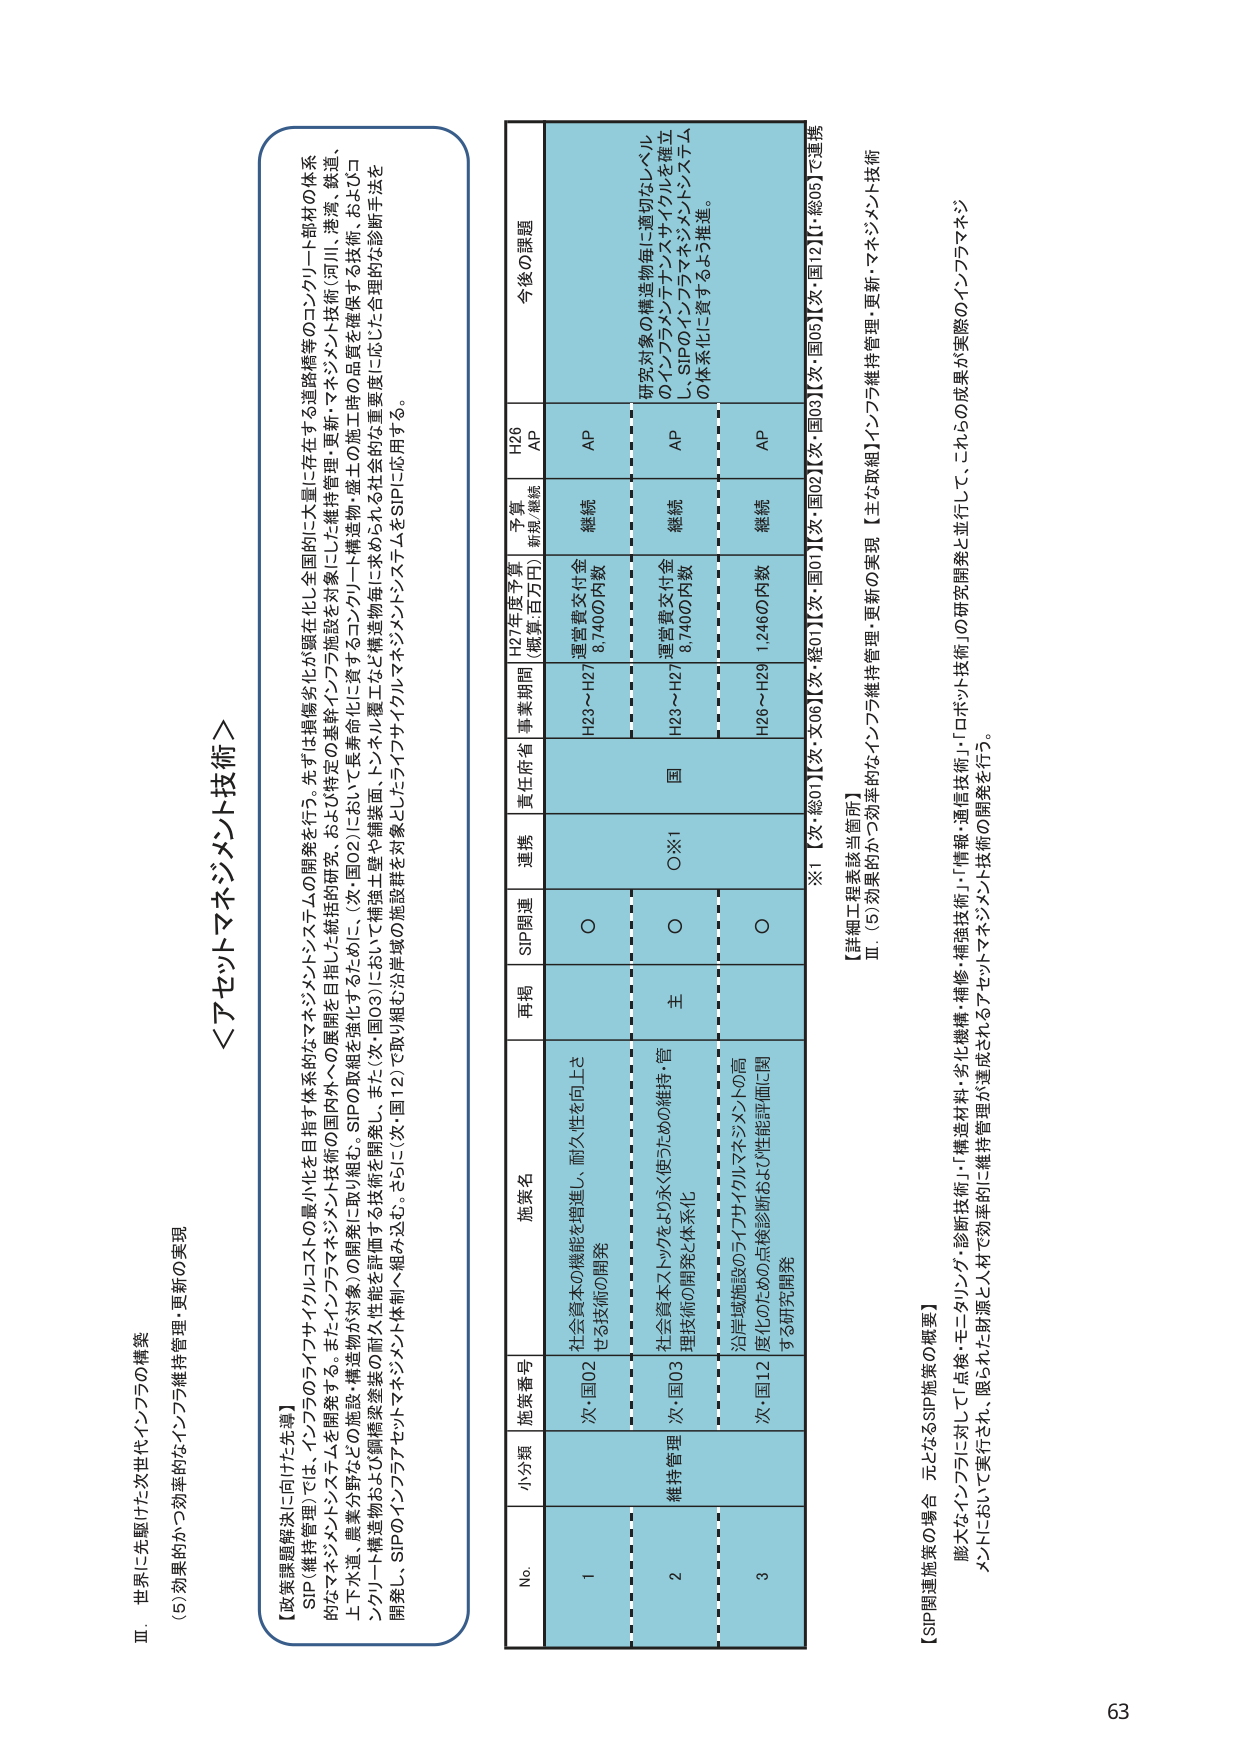
Ⅲ．世界に先駆けた次世代インフラの構築
(5)効果的かつ効率的なインフラ維持管理・更新の実現

＜アセットマネジメント技術＞

【政策課題解決に向けた先導】
SIP（維持管理）では、インフラのライフサイクルコストの最小化を目指す体系的アセットマネジメントシステムの開発を行う。先ずは戦略劣化が顕在化し全国的に大量に存在する道路橋等のコンクリート部材の体系的なアセットマネジメントシステムを開発する。また、インフラマネジメント技術の国内外への展開を目指した統括的研究、および特定の基幹インフラ施設を対象にした維持管理・更新・マネジメント技術（河川・港湾、鉄道、上下水道、農業分野などの施設・構造物が対象）の開発に取り組む。SIPの取組は強化するために、（次・国02）において長寿命化に資する構造物・盛土の施工時品質を確保する技術、およびコンクリート構造物および鋼橋梁塗装の耐久性能を評価する技術を開発し、また（次・国03）において構造物等を対象とする構造物部材に求められる社会的必要度に応じた合理的な診断手法を開発し、SIPのインフラアセットマネジメント体制へ組み込む。さらに（次・国12）で取り組む沿岸域の施設群を対象としたライフサイクルアセットマネジメントシステムをSIPに応用する。

No. 小分類 施策番号 施策名 再掲 SIP関連 連携 責任府省 事業期間 H27年度予算 （概算・百万円） 予算 新規/継続 H26 AP 今後の課題
1 次・国02 社会資本の機能を増進し、耐久性を向上させる技術の開発 ○ 国 H23～H27 運営費交付金 8,7400円数 継続 AP
2 次・国03 社会資本ネットワークをより永く使うための維持・管理技術の開発と体系化 主 ○ ○※1 H23～H27 運営費交付金 8,7400円数 継続 AP 研究対象の構造物毎に適切なレベルのインフラマネジメントサイクルを確立し、SIPのインフラアセットマネジメントシステムの体系化に資するよう推進。
3 次・国12 沿岸域施設のライフサイクルマネジメントの高度化のための点検診断および性能評価に関する研究開発 ○ H26～H29 1,2460円数 継続 AP

※1【次・総01】【次・文06】【次・総01】【次・国01】【次・国02】【次・国03】【次・国12】【総05】で連携

【詳細工程表該当箇所】
Ⅲ．(5)効果的かつ効率的なインフラ維持管理・更新の実現 【主な取組】インフラ維持管理・更新・マネジメント技術

【SIP関連施策の場合 元となるSIP施策の概要】
膨大なインフラに対して点検・モニタリング・診断技術」「構造材料・劣化機構・補修・補強技術」「情報・通信技術」「ロボット技術」の研究開発と並行して、これらの成果が実際のインフラマネジメントにおいて実行され、限られた財源と人材で効率的に維持管理が達成されるアセットマネジメント技術の開発を行う。

63